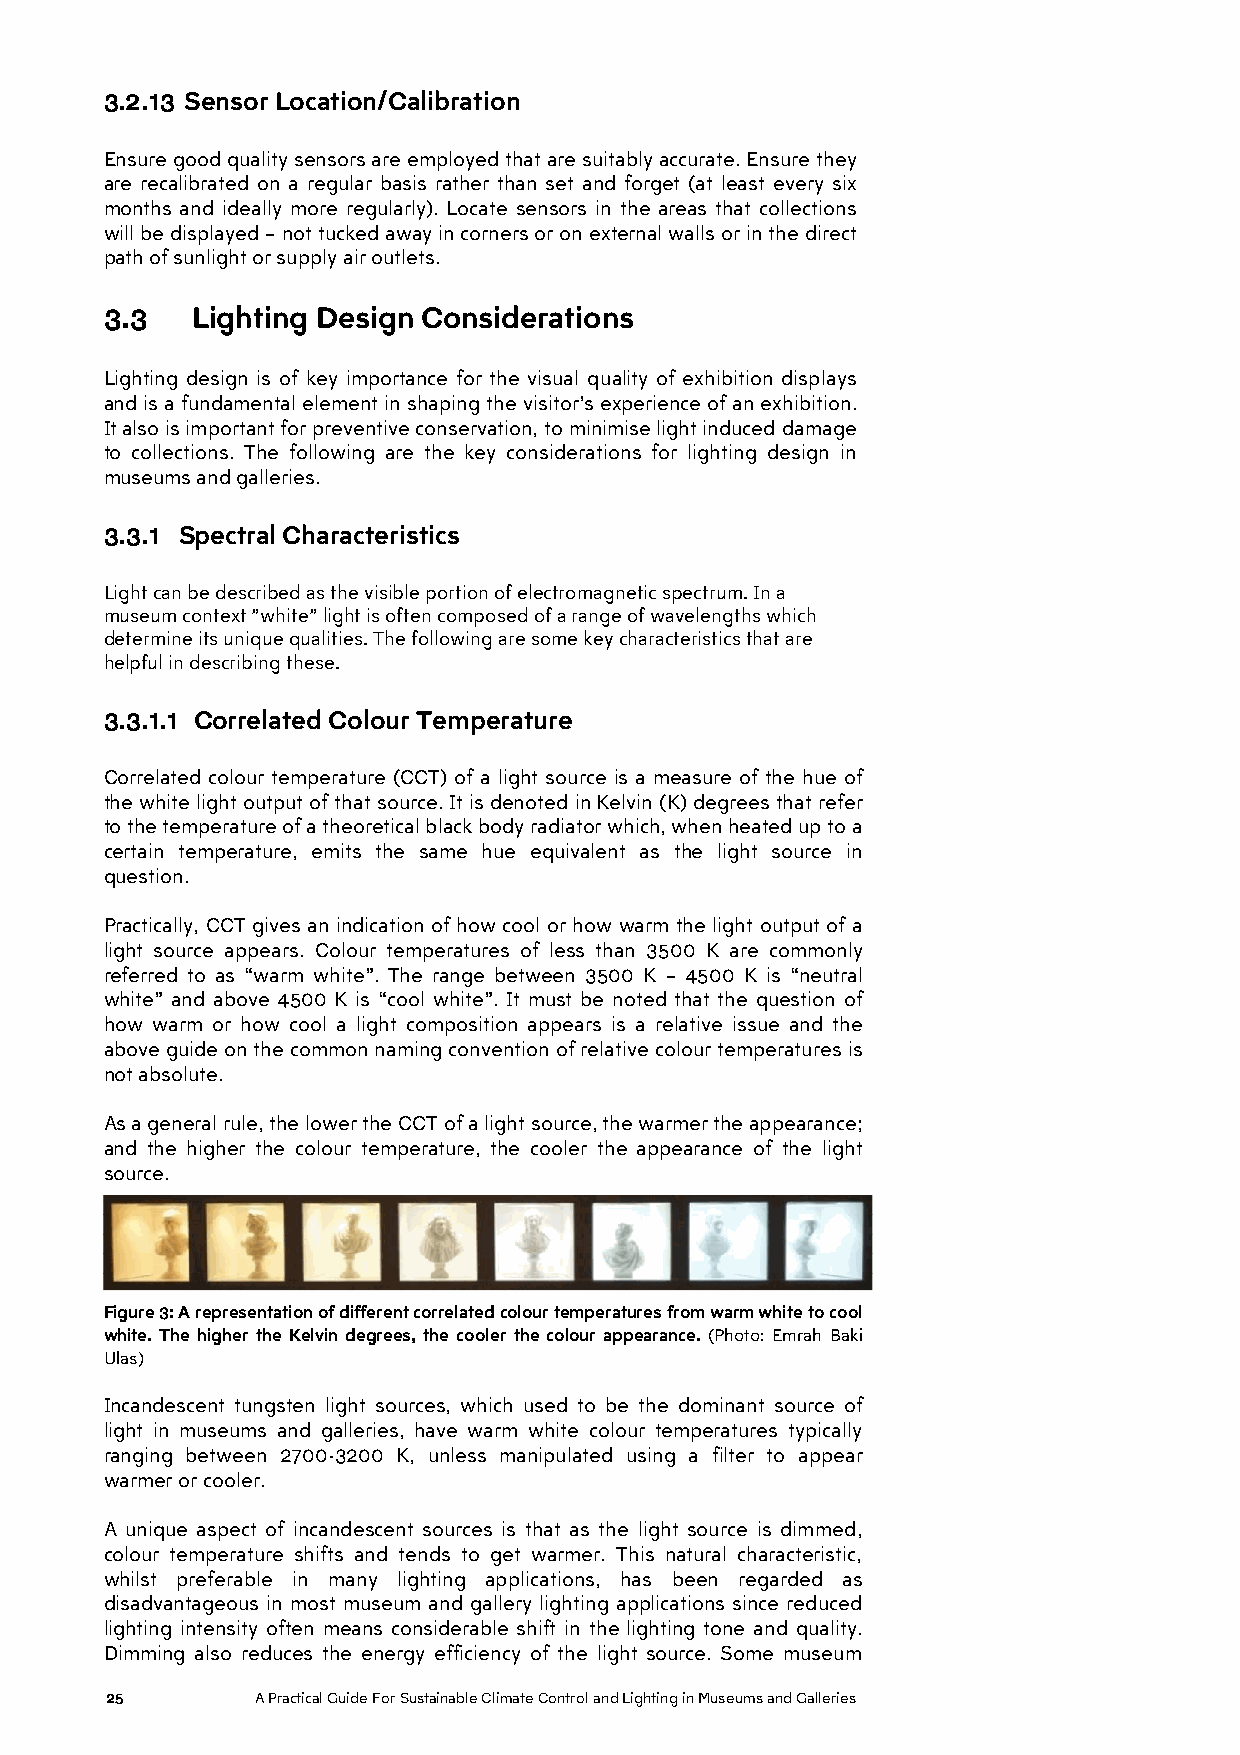
3.2.13 Sensor Location/Calibration
 Ensure good quality sensors are employed that are suitably accurate. Ensure they
 are recalibrated on a regular basis rather than set and forget (at least every six
 months and ideally more regularly). Locate sensors in the areas that collections
 will be displayed – not tucked away in corners or on external walls or in the direct
 path of sunlight or supply air outlets.
 3.3   Lighting Design Considerations
 Lighting design is of key importance for the visual quality of exhibition displays
 and is a fundamental element in shaping the visitor’s experience of an exhibition.
 It also is important for preventive conservation, to minimise light induced damage
 to collections. The following are the key considerations for lighting design in
 museums and galleries.
 3.3.1 Spectral Characteristics
 Light can be described as the visible portion of electromagnetic spectrum. In a
 museum context ”white” light is often composed of a range of wavelengths which
 determine its unique qualities. The following are some key characteristics that are
 helpful in describing these.
 3.3.1.1 Correlated Colour Temperature
 Correlated colour temperature (CCT) of a light source is a measure of the hue of
 the white light output of that source. It is denoted in Kelvin (K) degrees that refer
 to the temperature of a theoretical black body radiator which, when heated up to a
 certain temperature, emits the same hue equivalent as the light source in
 question.
 Practically, CCT gives an indication of how cool or how warm the light output of a
 light source appears. Colour temperatures of less than 3500 K are commonly
 referred to as “warm white”. The range between 3500 K – 4500 K is “neutral
 white” and above 4500 K is “cool white”. It must be noted that the question of
 how warm or how cool a light composition appears is a relative issue and the
 above guide on the common naming convention of relative colour temperatures is
 not absolute.
 As a general rule, the lower the CCT of a light source, the warmer the appearance;
 and the higher the colour temperature, the cooler the appearance of the light
 source.
 Figure 3: A representation of different correlated colour temperatures from warm white to cool
 white. The higher the Kelvin degrees, the cooler the colour appearance. (Photo: Emrah Baki
 Ulas)
 Incandescent tungsten light sources, which used to be the dominant source of
 light in museums and galleries, have warm white colour temperatures typically
 ranging between 2700-3200 K, unless manipulated using a filter to appear
 warmer or cooler.
 A unique aspect of incandescent sources is that as the light source is dimmed,
 colour temperature shifts and tends to get warmer. This natural characteristic,
 whilst preferable in many lighting applications, has been regarded as
 disadvantageous in most museum and gallery lighting applications since reduced
 lighting intensity often means considerable shift in the lighting tone and quality.
 Dimming also reduces the energy efficiency of the light source. Some museum
 25        A Practical Guide For Sustainable Climate Control and Lighting in Museums and Galleries